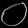
Digit: ၀